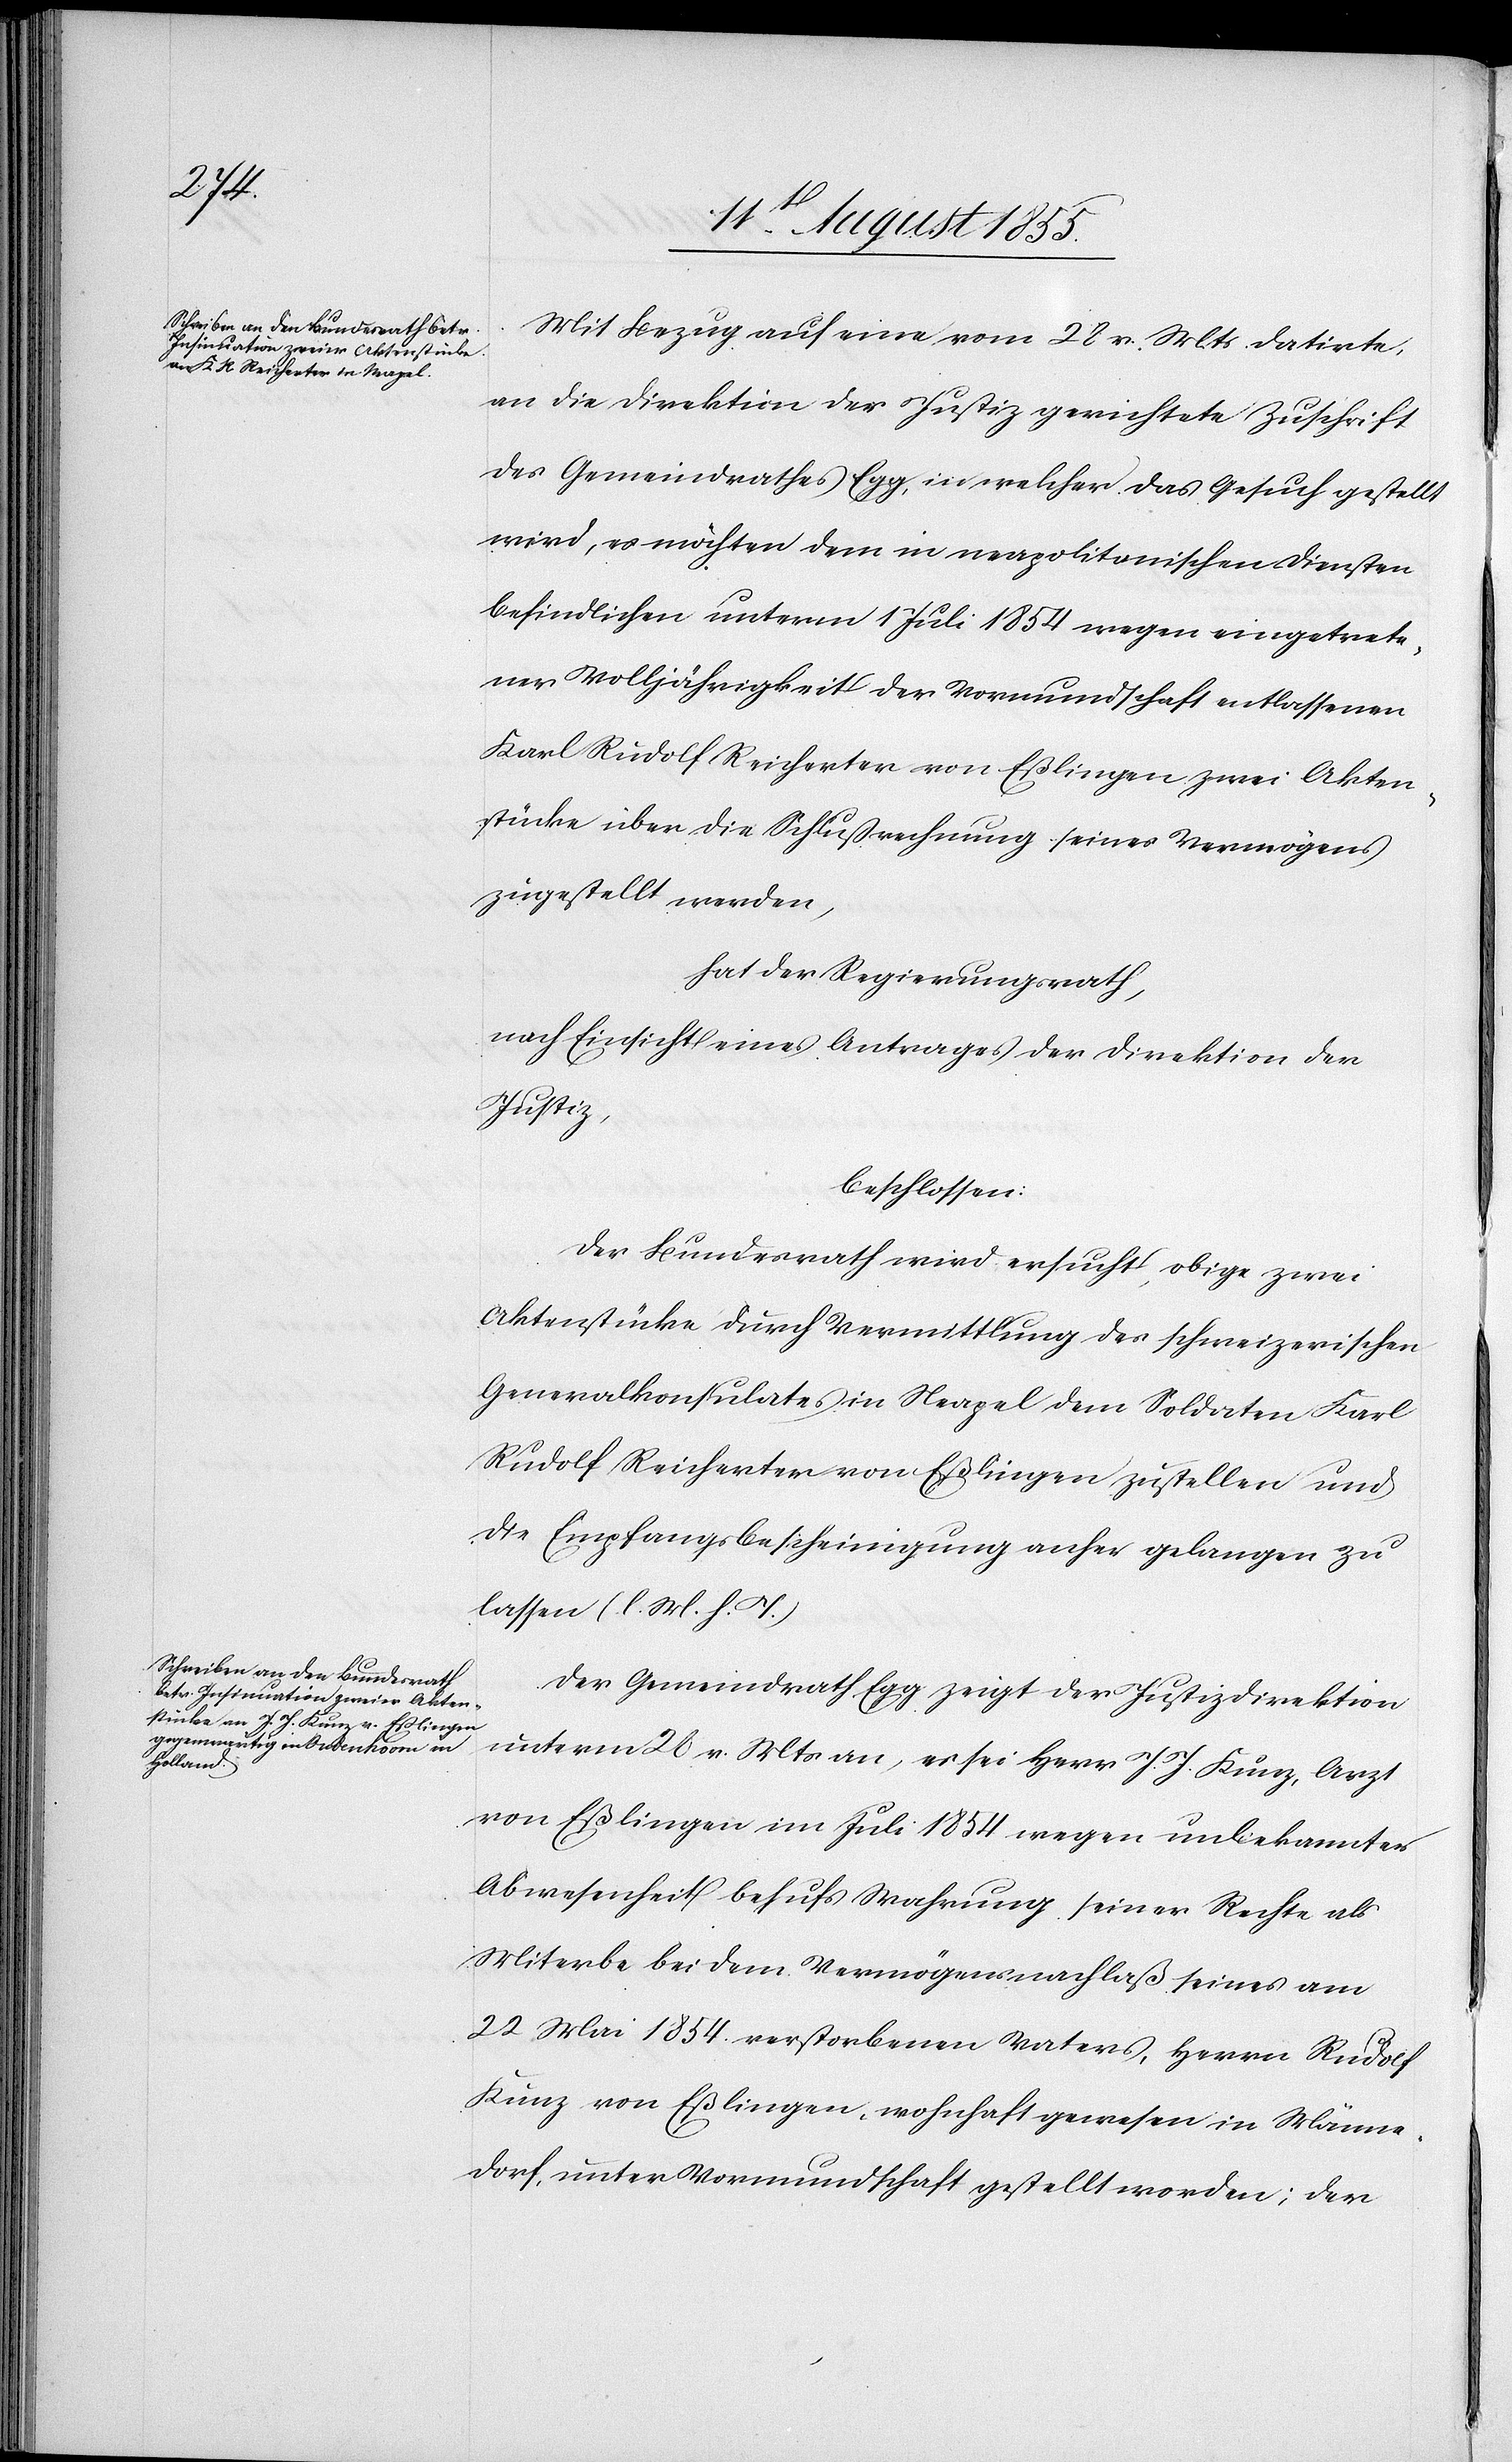
Mit Bezug auf eine vom 28 v. Mts. datirte,
an die Direktion der Justiz gerichtete Zuschrift
des Gemeindrathes Egg, in welcher das Gesuch gestellt
wird, es möchten dem in neapolitanischen Diensten
befindlichen unterm 1 Juli 1854 wegen eingetrete¬
ner Volljährigkeit der Vormundschaft entlassenen
Karl Rudolf Reicherter von Eßlingen zwei Akten¬
stücke über die Schlußrechnung seines Vermögens
zugestellt werden,
hat der Regierungsrath,
nach Einsicht eines Antrages der Direktion der
Justiz,
beschlossen:
Der Bundesrath wird ersucht, obige zwei
Aktenstücke durch Vermittlung des schweizerischen
Generalkonsulates in Neapel dem Soldaten Karl
Rudolf Reicherter von Eßlingen zustellen und
die Empfangsbescheinigung anher gelangen zu
lassen (l. M. h. T.)
Der Gemeindrath Egg zeigt der Justizdirektion
unterm 2[?8] v. Mts an, es sei Herr J. J. Kunz, Arzt
von Eßlingen im Juli 1854 wegen unbekannter
Abwesenheit behufs Wahrung seiner Rechte als
Miterbe bei dem Vermögensnachlaß seines am
22 Mai 1854 verstorbenen Vaters, Herrn Rudolf
Kunz von Eßlingen, wohnhaft gewesen in Männe¬
dorf, unter Vormundschaft gestellt worden; der